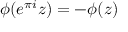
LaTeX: \phi ( e ^ { \pi i } z ) = - \phi ( z )